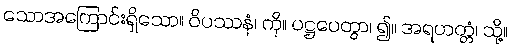
သောအကြောင်းရှိသော။ ဝိပဿနံ၊ ကို။ ပဋ္ဌပေတွာ၊ ၍။ အရဟတ္တံ၊ သို့။